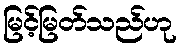
မြင့်မြတ်သည်ဟု